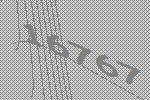
16767